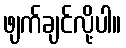
ဖျက်ချင်လို့ပါ။